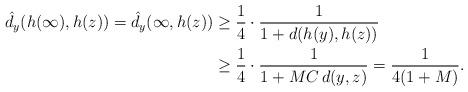
LaTeX: \begin{align*}\hat{d}_y(h(\infty),h(z))=\hat{d}_y(\infty,h(z))&\geq\frac{1}{4}\cdot\frac{1}{1+d(h(y),h(z))}\\&\geq\frac{1}{4}\cdot\frac{1}{1+MC\,d(y,z)}=\frac{1}{4(1+M)}.\end{align*}